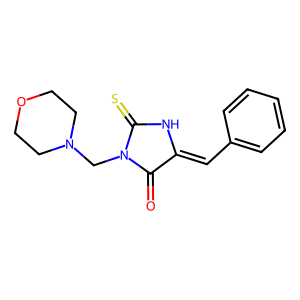
SMILES: O=C1C(=Cc2ccccc2)NC(=S)N1CN1CCOCC1
Inhibits HIV replication: No